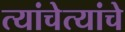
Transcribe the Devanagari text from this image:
त्यांचेत्यांचे